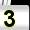
Digit: 3